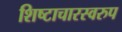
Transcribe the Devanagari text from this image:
शिष्टाचारस्वरुप